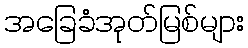
အခြေခံအုတ်မြစ်များ